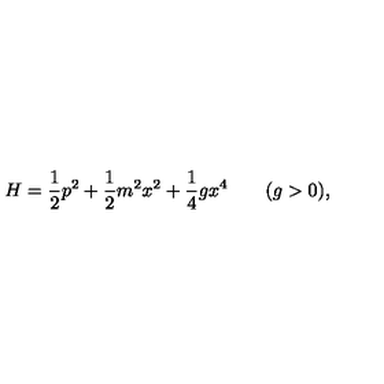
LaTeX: H = { \frac { 1 } { 2 } } p ^ { 2 } + { \frac { 1 } { 2 } } m ^ { 2 } x ^ { 2 } + { \frac { 1 } { 4 } } g x ^ { 4 } \qquad ( g > 0 ) ,